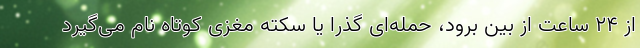
از ۲۴ ساعت از بین برود، حمله‌ای گذرا یا سکته مغزی کوتاه نام می‌گیرد